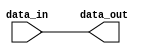
module parameter_assignment_example #(
  parameter DATA_WIDTH = 8
) (
  input [DATA_WIDTH-1:0] data_in,
  output reg [DATA_WIDTH-1:0] data_out
);

always @* begin
  data_out = data_in;
end

endmodule